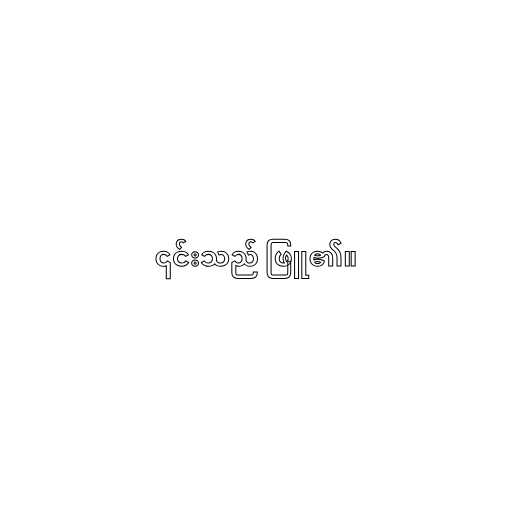
၎င်းသည် ဖြူ၏။